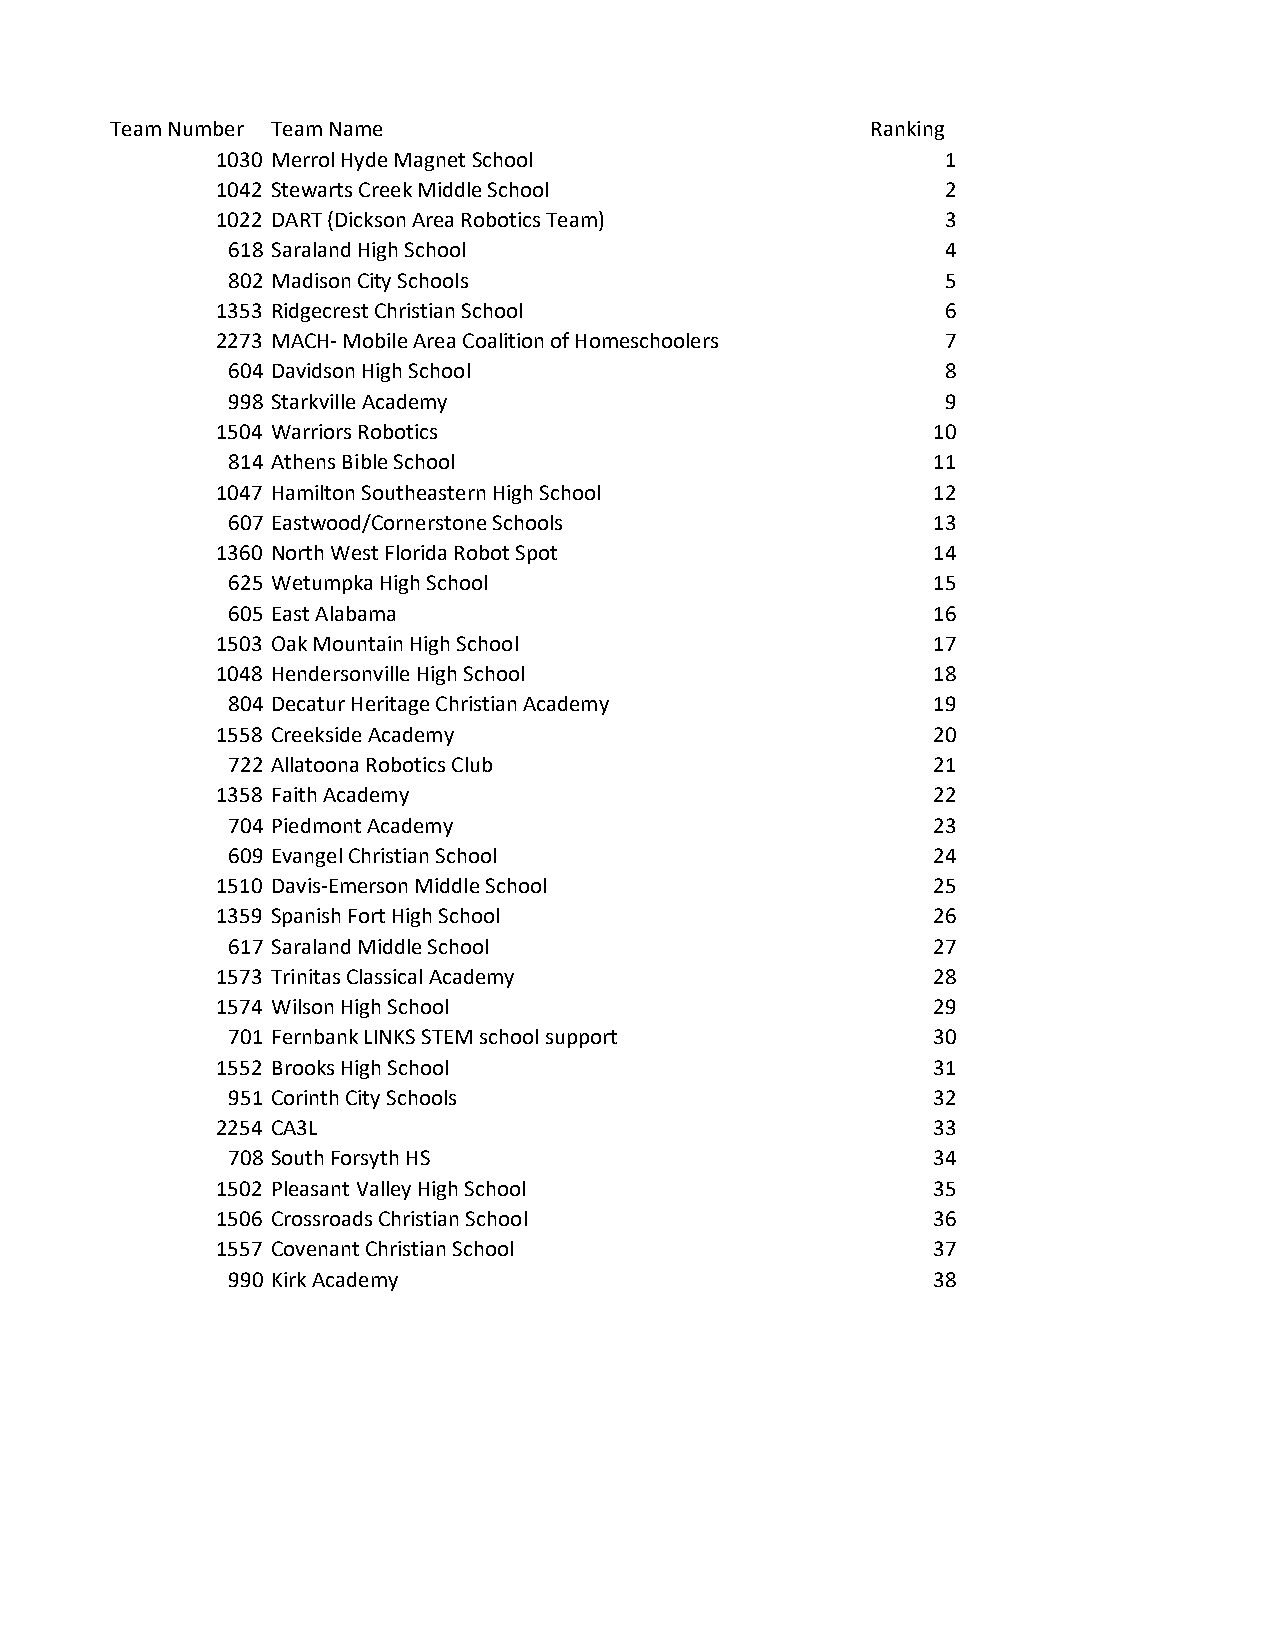
Team Number Team Name                              Ranking
 1030 Merrol Hyde Magnet School                   1
 1042 Stewarts Creek Middle School                2
 1022 DART (Dickson Area Robotics Team)           3
 618 Saraland High School                        4
 802 Madison City Schools                        5
 1353 Ridgecrest Christian School                 6
 2273 MACH- Mobile Area Coalition of Homeschoolers 7
 604 Davidson High School                        8
 998 Starkville Academy                          9
 1504 Warriors Robotics                          10
 814 Athens Bible School                        11
 1047 Hamilton Southeastern High School          12
 607 Eastwood/Cornerstone Schools               13
 1360 North West Florida Robot Spot              14
 625 Wetumpka High School                       15
 605 East Alabama                               16
 1503 Oak Mountain High School                   17
 1048 Hendersonville High School                 18
 804 Decatur Heritage Christian Academy         19
 1558 Creekside Academy                          20
 722 Allatoona Robotics Club                    21
 1358 Faith Academy                              22
 704 Piedmont Academy                           23
 609 Evangel Christian School                   24
 1510 Davis-Emerson Middle School                25
 1359 Spanish Fort High School                   26
 617 Saraland Middle School                     27
 1573 Trinitas Classical Academy                 28
 1574 Wilson High School                         29
 701 Fernbank LINKS STEM school support         30
 1552 Brooks High School                         31
 951 Corinth City Schools                       32
 2254 CA3L                                       33
 708 South Forsyth HS                           34
 1502 Pleasant Valley High School                35
 1506 Crossroads Christian School                36
 1557 Covenant Christian School                  37
 990 Kirk Academy                               38